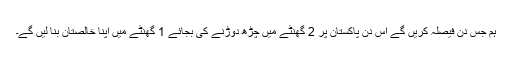
ہم جس دن فیصلہ کریں گے اُس دن پاکستان پر 2 گھنٹے میں چڑھ دوڑنے کی بجائے 1 گھنٹے میں اپنا خالصتان بنا لیں گے۔